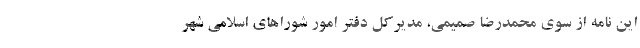
این نامه از سوی محمدرضا صمیمی، مدیرکل دفتر امور شوراهای اسلامی شهر